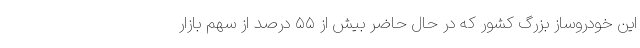
این خودروساز بزرگ کشور که در حال حاضر بیش از ۵۵ درصد از سهم بازار